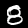
Digit: 8